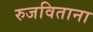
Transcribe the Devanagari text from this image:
रुजविताना